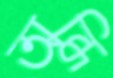
অব্ধি